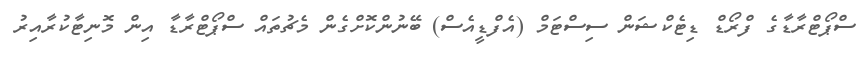
ސްޕޯޓްރާޑާގެ ފްރޯޑް ޑިޓެކްޝަން ސިސްޓަމް (އެފްޑީއެސް) ބޭނުންކޮށްގެން މެޗުތައް ސްޕޯޓްރާޑާ އިން މޮނިޓާކުރާއިރު